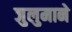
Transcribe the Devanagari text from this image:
जुलुमाने